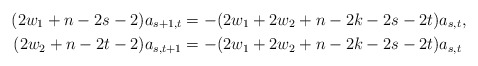
\begin{align*} (2w_1 + n - 2s - 2)a_{s+1,t} & = -(2w_1 + 2w_2 + n - 2k - 2s - 2t)a_{s,t} , \\ (2w_2 + n - 2t - 2)a_{s,t+1} & = -(2w_1 + 2w_2 + n - 2k - 2s - 2t)a_{s,t} \end{align*}